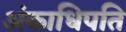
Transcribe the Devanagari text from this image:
अंकाधिपति